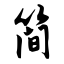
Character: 简